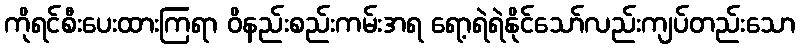
ကိုရင်စီးပေးထားကြရာ ဝိနည်းစည်းကမ်းအရ ရော့ရဲရဲနိုင်သော်လည်းကျပ်တည်းသော